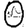
Digit: 0